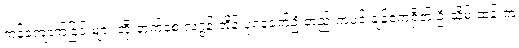
ကန်ကျောက်ခြင်းများ တိုးတက်စေ လဂွန်းအိန် ပုဂံခေတ်ဦးတည်းကပင် ချန်ကေရှိတ် ဦးသိမ်းဆန်းက